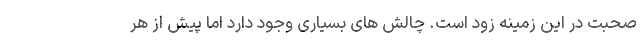
صحبت در این زمینه زود است. چالش های بسیاری وجود دارد اما پیش از هر